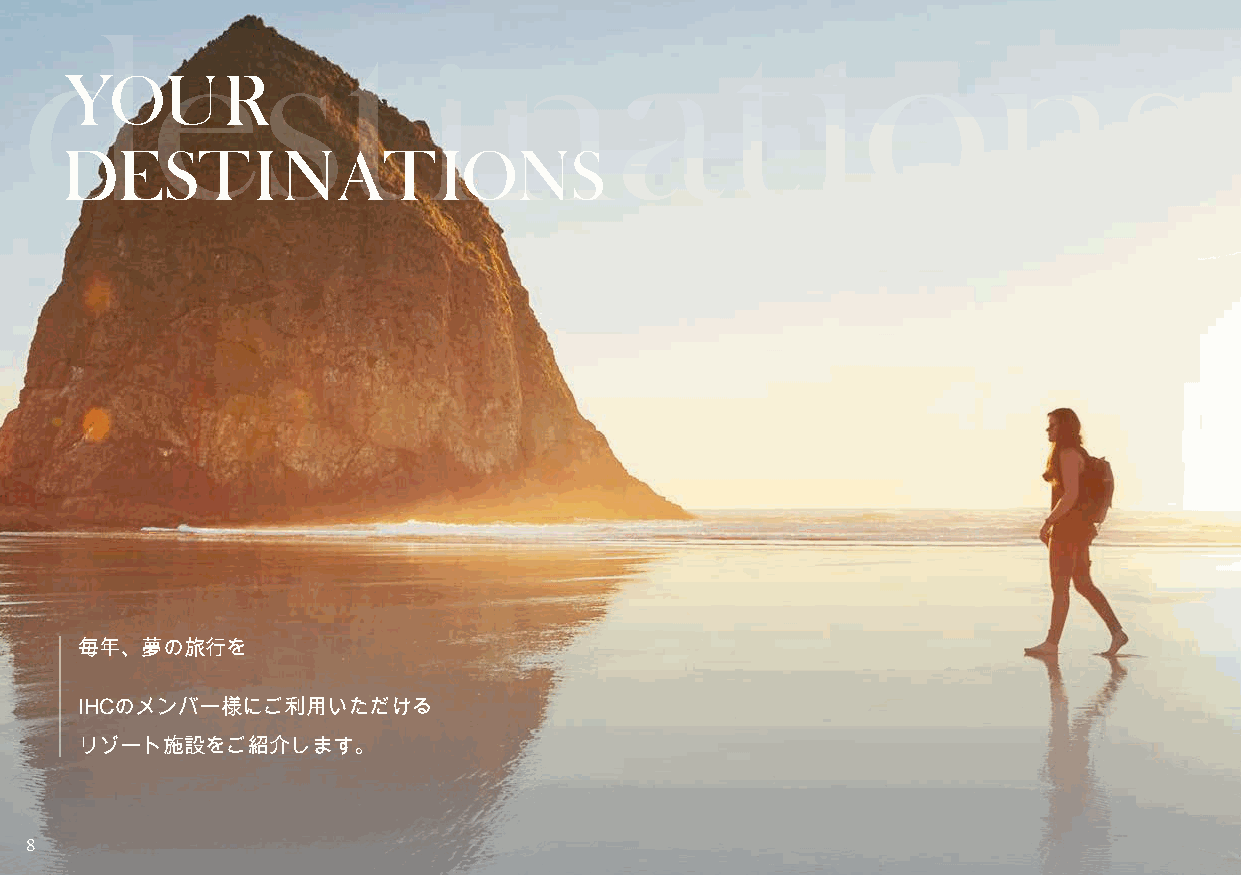
destinations
 YOUR
 DESTINATIONS
 3
 112
 30
 ヵ所                     ヵ所
 ヵ所
 ヨーロッパ                   北アジア
 北米                    （イタリア/フランス/ドイツ）
 （アメリカ合衆国/カナダ/メキシコ）
 3
 ヵ所
 東南アジア
 28
 ヵ所
 南太平洋
 毎年、夢の旅行を
 IHCのメンバー様にご利用いただける
 リゾート施設をご紹介します。
 8